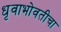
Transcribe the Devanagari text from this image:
धृवाभोवतीचा